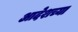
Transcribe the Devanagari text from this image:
आदेशच्या